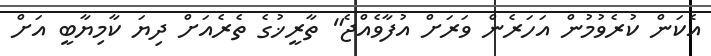
އެކަން ކުރެވުމުން އަހަރެން ވަރަށް އުފާވެއްޖެ" ތާރީޚުގެ ތެރެއަށް ދިޔަ ކާމިޔާބީ އަށް